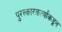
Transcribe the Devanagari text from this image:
पुरस्कारकर्त्यांकडून